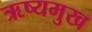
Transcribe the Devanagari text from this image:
ऋष्यमुख